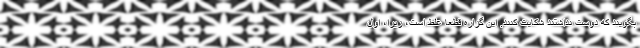
بگويند كه دوست نداشتند شكايت كنند. اين گزاره قطعا غلط است، زيرا، اول